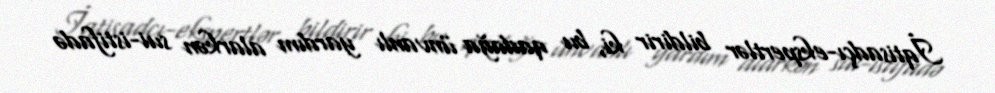
İqtisadçı-ekspertlər bildirir ki, bu qadağa ünvanlı yardım alarkən sui-istifadə